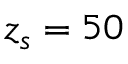
z _ { s } = 5 0